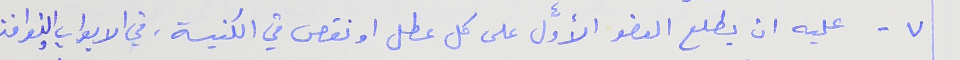
٧ - عليه ان يطلع العضو الأوَّل على كل عطل او نقص في الكنيسة، في الابواب والنوافذ